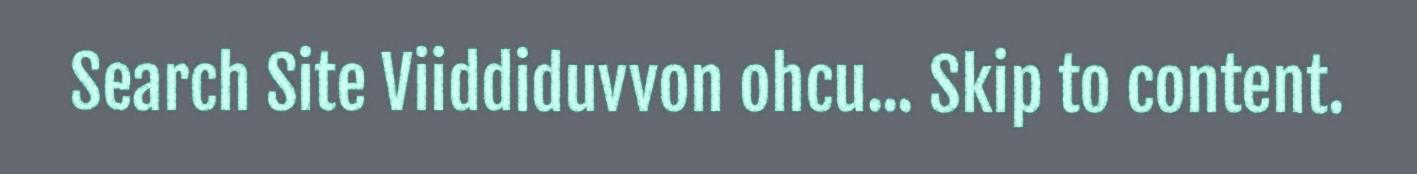
Search Site Viiddiduvvon ohcu... Skip to content.